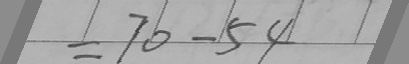
= 7 0 - 5 4